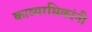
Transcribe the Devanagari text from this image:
काव्यरसिकांनी